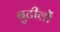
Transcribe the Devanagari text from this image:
बुटीलों